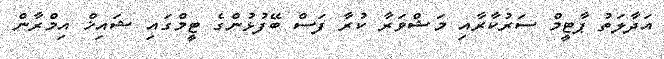
އަދާލަތު ޕާޓީމް ސަރުކާރާއި މަޝްވަރާ ކުރާ ފަސް ބޭފުޅުންގެ ޓީމްގައި ޝައިޚް އިމްރާން